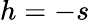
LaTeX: h=-s